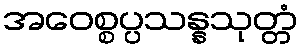
အဝေစ္စပ္ပသန္နသုတ္တံ